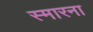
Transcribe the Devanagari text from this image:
स्मारना